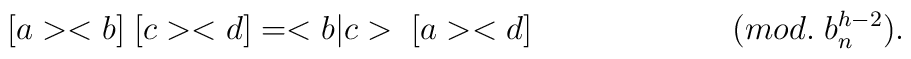
[a><b] \; [c><d] = <b|c> \; [a><d]\hspace{1in}(mod. \; b^{h-2}_n){}.